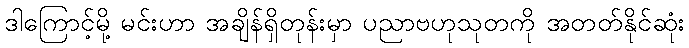
ဒါကြောင့်မို့ မင်းဟာ အချိန်ရှိတုန်းမှာ ပညာဗဟုသုတကို အတတ်နိုင်ဆုံး